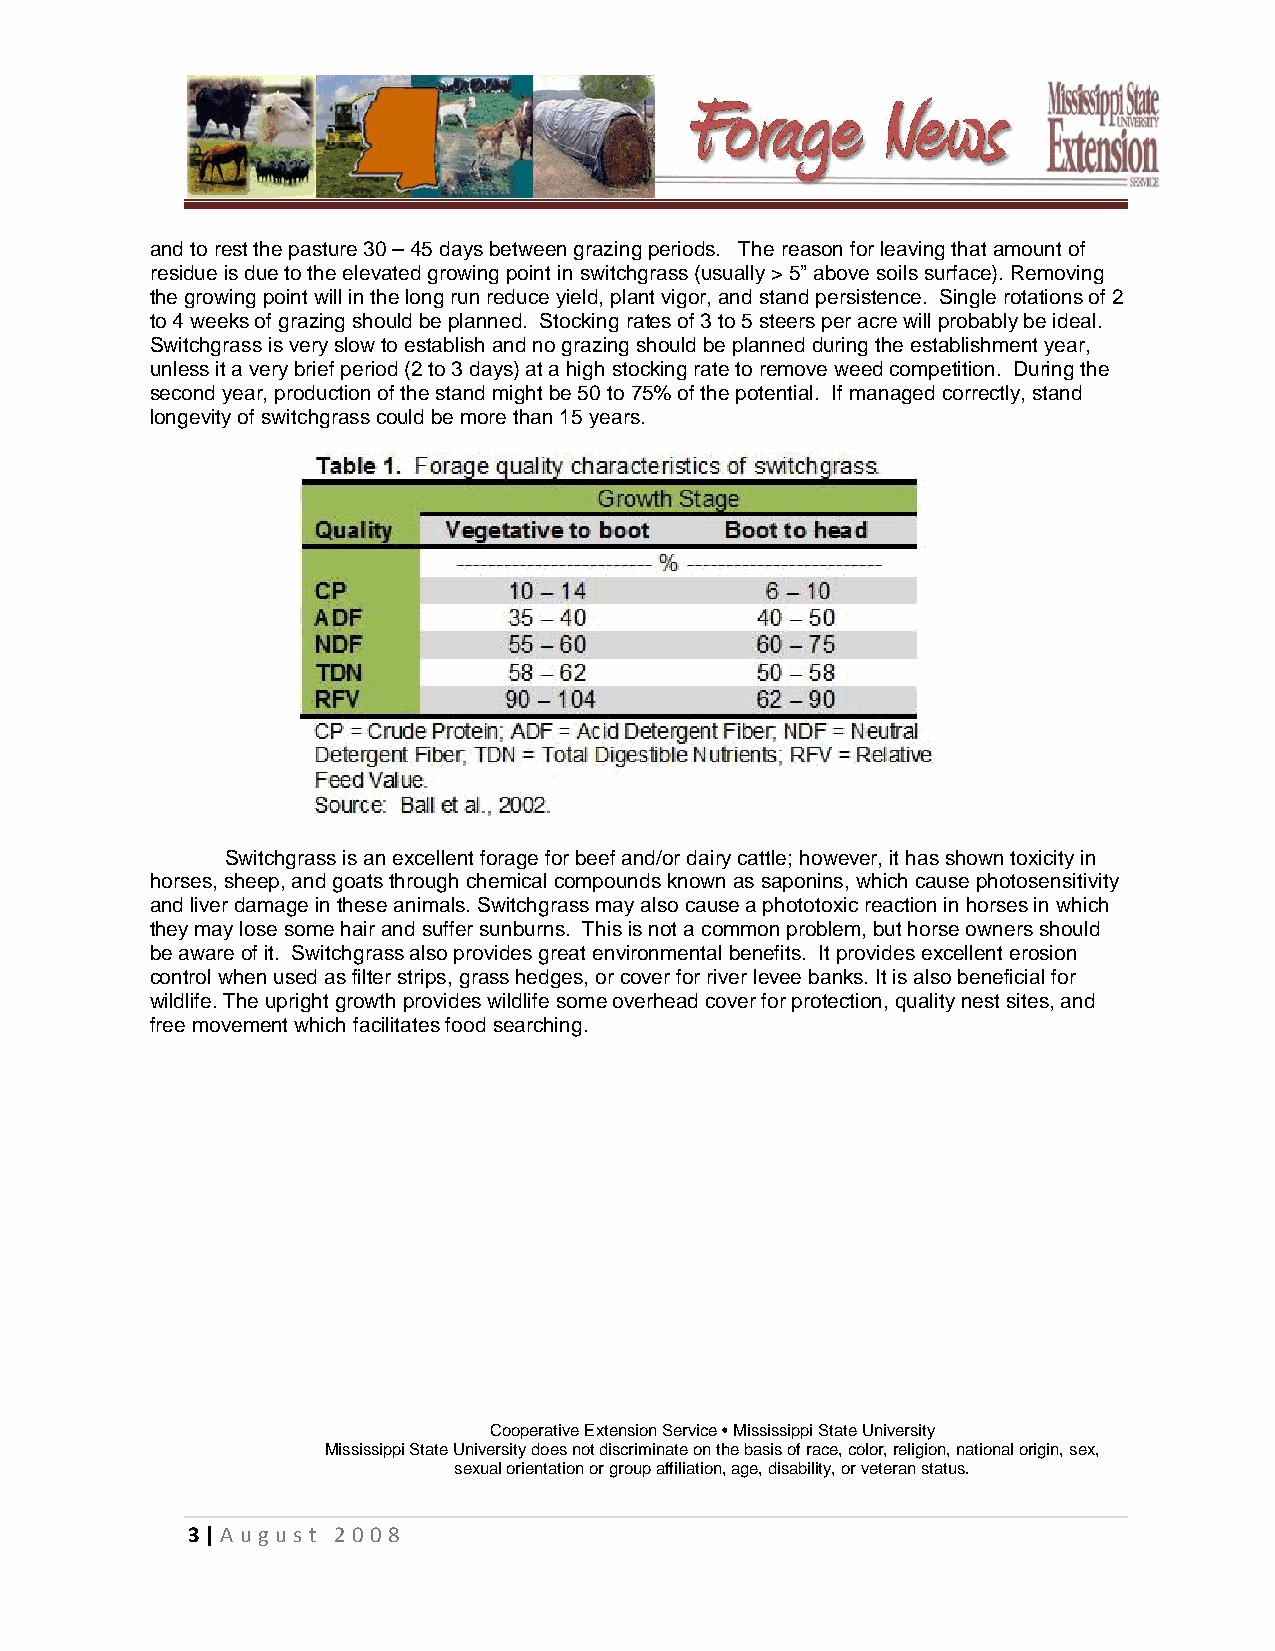
and to rest the pasture 30 – 45 days between grazing periods. The reason for leaving that amount of
 residue is due to the elevated growing point in switchgrass (usually > 5” above soils surface). Removing
 the growing point will in the long run reduce yield, plant vigor, and stand persistence. Single rotations of 2
 to 4 weeks of grazing should be planned. Stocking rates of 3 to 5 steers per acre will probably be ideal.
 Switchgrass is very slow to establish and no grazing should be planned during the establishment year,
 unless it a very brief period (2 to 3 days) at a high stocking rate to remove weed competition. During the
 second year, production of the stand might be 50 to 75% of the potential. If managed correctly, stand
 longevity of switchgrass could be more than 15 years.
 Switchgrass is an excellent forage for beef and/or dairy cattle; however, it has shown toxicity in
 horses, sheep, and goats through chemical compounds known as saponins, which cause photosensitivity
 and liver damage in these animals. Switchgrass may also cause a phototoxic reaction in horses in which
 they may lose some hair and suffer sunburns. This is not a common problem, but horse owners should
 be aware of it. Switchgrass also provides great environmental benefits. It provides excellent erosion
 control when used as filter strips, grass hedges, or cover for river levee banks. It is also beneficial for
 wildlife. The upright growth provides wildlife some overhead cover for protection, quality nest sites, and
 free movement which facilitates food searching.
 Cooperative Extension Service • Mississippi State University
 Mississippi State University does not discriminate on the basis of race, color, religion, national origin, sex,
 sexual orientation or group affiliation, age, disability, or veteran status.
 3 | A u g u s t 2 0 0 8